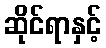
ဆိုင်ရာနှင့်